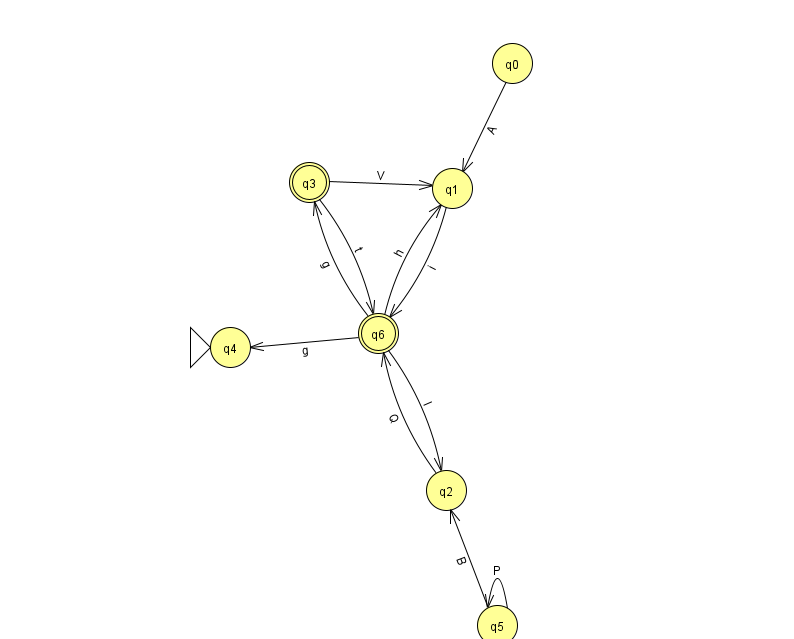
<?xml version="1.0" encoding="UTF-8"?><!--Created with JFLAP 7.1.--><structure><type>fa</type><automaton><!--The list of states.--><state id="0" name="q0"><x>512.0</x><y>50.0</y></state><state id="1" name="q1"><x>452.0</x><y>175.0</y></state><state id="2" name="q2"><x>446.0</x><y>477.0</y></state><state id="3" name="q3"><x>309.0</x><y>169.0</y><final/></state><state id="4" name="q4"><x>230.0</x><y>334.0</y><initial/></state><state id="5" name="q5"><x>497.0</x><y>612.0</y></state><state id="6" name="q6"><x>378.0</x><y>320.0</y><final/></state><!--The list of transitions.--><transition><from>5</from><to>5</to><read>P</read></transition><transition><from>6</from><to>4</to><read>g</read></transition><transition><from>6</from><to>2</to><read>I</read></transition><transition><from>3</from><to>6</to><read>t</read></transition><transition><from>6</from><to>3</to><read>g</read></transition><transition><from>0</from><to>1</to><read>A</read></transition><transition><from>3</from><to>1</to><read>V</read></transition><transition><from>5</from><to>2</to><read>B</read></transition><transition><from>2</from><to>6</to><read>Q</read></transition><transition><from>6</from><to>1</to><read>h</read></transition><transition><from>1</from><to>6</to><read>i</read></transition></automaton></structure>